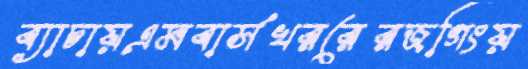
ব্যাচায়এমবার্সখররেরজগিংয়